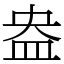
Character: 盎